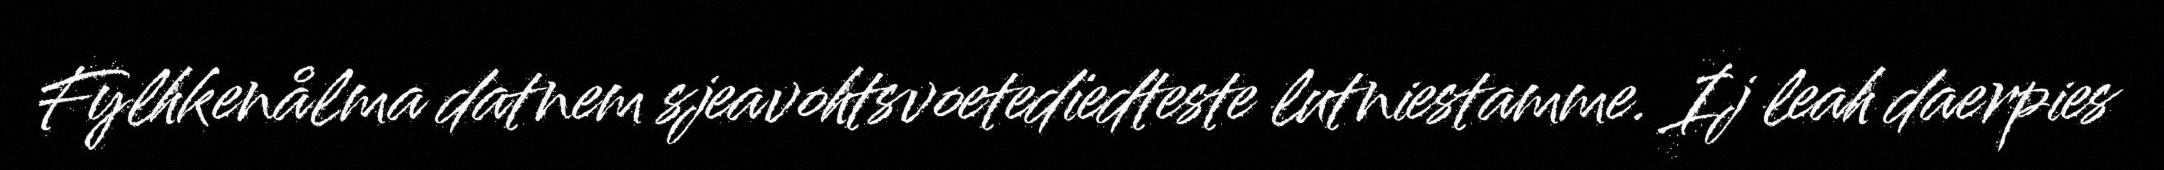
Fylhkenålma datnem sjeavohtsvoetedïedteste lutniestamme. Ij leah daerpies